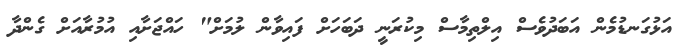
އަޅުގަނޑުމެން އަބަދުވެސް އިލްތިމާސް މިކުރަނީ ދަބަހަށް ފައިވާން ލުމަށް" ހައްޖަށާއި އުމުރާއަށް ގެންދާ